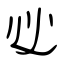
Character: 必